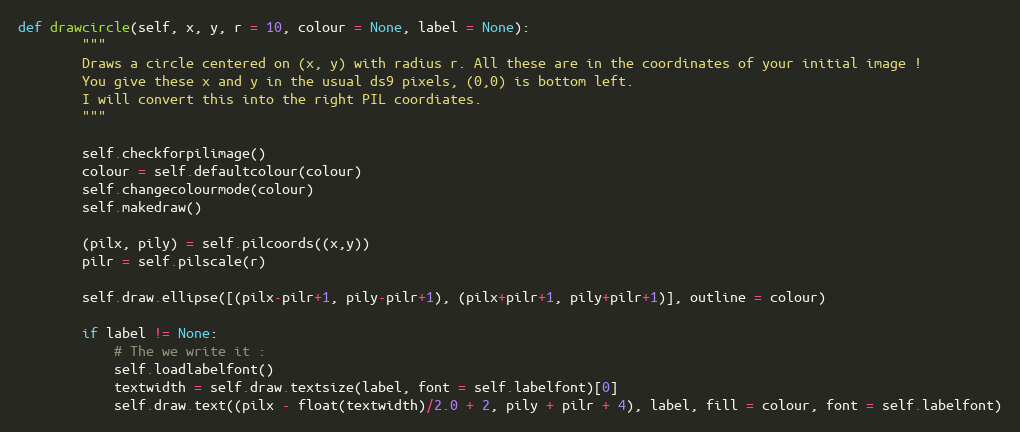
Language: Python
def drawcircle(self, x, y, r = 10, colour = None, label = None):
        """
        Draws a circle centered on (x, y) with radius r. All these are in the coordinates of your initial image !
        You give these x and y in the usual ds9 pixels, (0,0) is bottom left.
        I will convert this into the right PIL coordiates.
        """

        self.checkforpilimage()
        colour = self.defaultcolour(colour)
        self.changecolourmode(colour)
        self.makedraw()

        (pilx, pily) = self.pilcoords((x,y))
        pilr = self.pilscale(r)

        self.draw.ellipse([(pilx-pilr+1, pily-pilr+1), (pilx+pilr+1, pily+pilr+1)], outline = colour)

        if label != None:
            # The we write it :
            self.loadlabelfont()
            textwidth = self.draw.textsize(label, font = self.labelfont)[0]
            self.draw.text((pilx - float(textwidth)/2.0 + 2, pily + pilr + 4), label, fill = colour, font = self.labelfont)